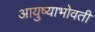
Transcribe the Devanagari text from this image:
आयुष्याभोवती